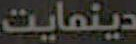
دینمایت